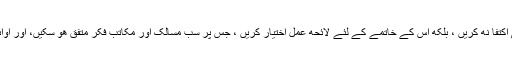
وقت آ پهنچا هے که هم فرقه پرستی کی زبانی مذمت پر هی اکتفا نه کریں ، بلکه اس کے خاتمے کے لئے لائحه عمل اختیار کریں ، جس پر سب مسالک اور مکاتب فکر متفق هو سکیں، اور اوائل اسلام کی قومی وحدت کی یاد کو پهر سے تازه کر سکیں۔